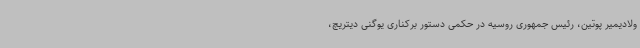
ولادیمیر پوتین، رئیس جمهوری روسیه در حکمی دستور برکناری یوگنی دیتریچ،